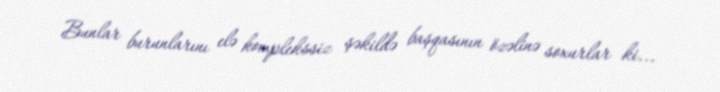
Bunlar burunlarını elə komplekssiz şəkildə başqasının özəlinə soxurlar ki...